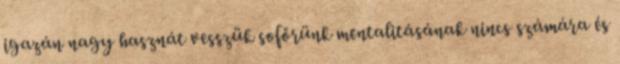
igazán nagy hasznát vesszük sofőrünk mentalitásának nincs számára és